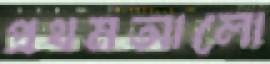
প্রথমআলো